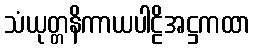
သံယုတ္တနိကာယပါဠိအဋ္ဌကထာ